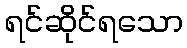
ရင်ဆိုင်ရသော